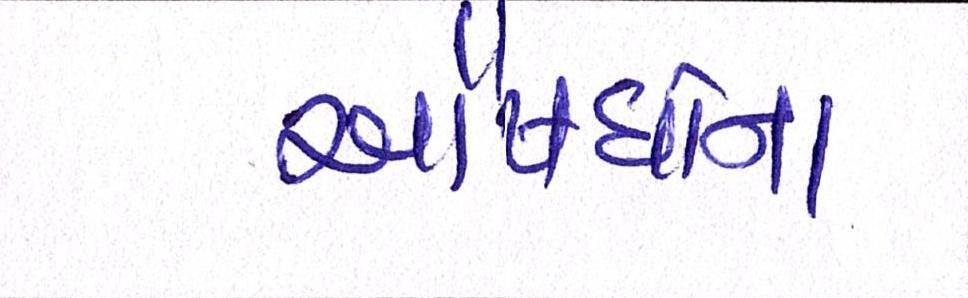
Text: ઔષધોના